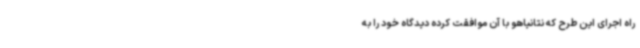
راه اجرای این طرح که نتانیاهو با آن موافقت کرده دیدگاه خود را به